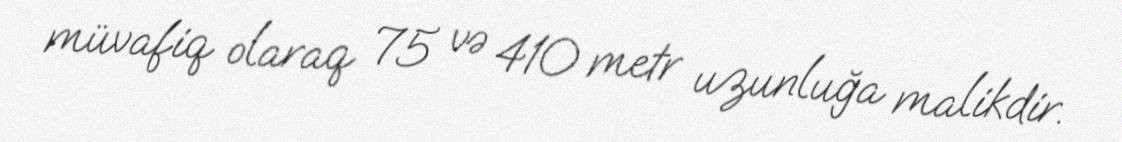
müvafiq olaraq 75 və 410 metr uzunluğa malikdir.